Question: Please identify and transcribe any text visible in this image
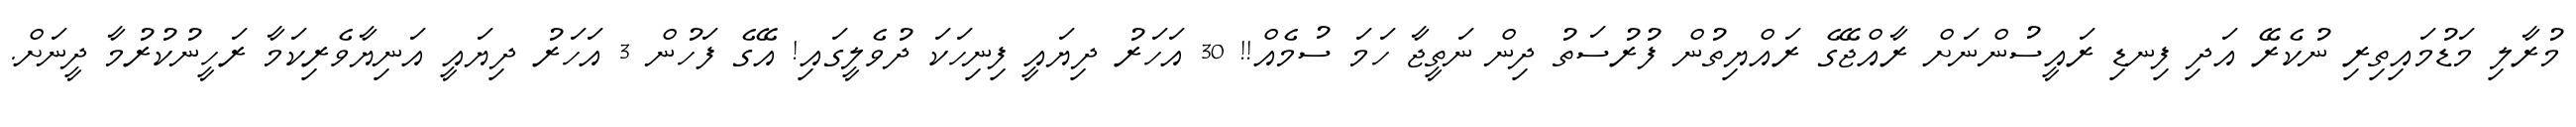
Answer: މުރާލި މަޑުމައިތިރި ނުކެރޭ އަދި ފިނޑި ރައީސުންނަށް ރާއްޖޭގެ ރައްޔިތުން ފުރުސަތު ދިން ނަތީޖާ ހަމަ ސުމެއް!! 30 އަހަރު ދިޔައީ ފިނިހަކަ ދުވެލީގައި! އޭގެ ފަހުން 3 އަހަރު ދިޔައީ އަނިޔާވެރިކަމާ ރަހީނުކުރުމާ ދީނަށް.